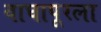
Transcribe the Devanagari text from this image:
वाघापूरला